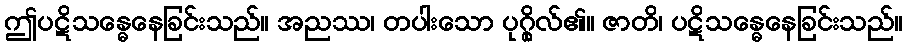
ဤပဋိသန္ဓေနေခြင်းသည်။ အညဿ၊ တပါးသော ပုဂ္ဂိုလ်၏။ ဇာတိ၊ ပဋိသန္ဓေနေခြင်းသည်။